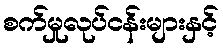
စက်မှုလုပ်ငန်းများနှင့်